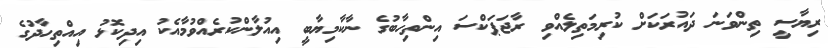
ރިޔާސީ ތިންވަނަ ދައުރަކަށް ކުރިމަތިލެއްވި ރާޖަޕަކްސަ އިންތިހާބުގެ ނާކާމިޔާބީ އިއުލާންކުރެއްވުމާއެކު އިދިކޮޅު އިއްތިހާދުގެ